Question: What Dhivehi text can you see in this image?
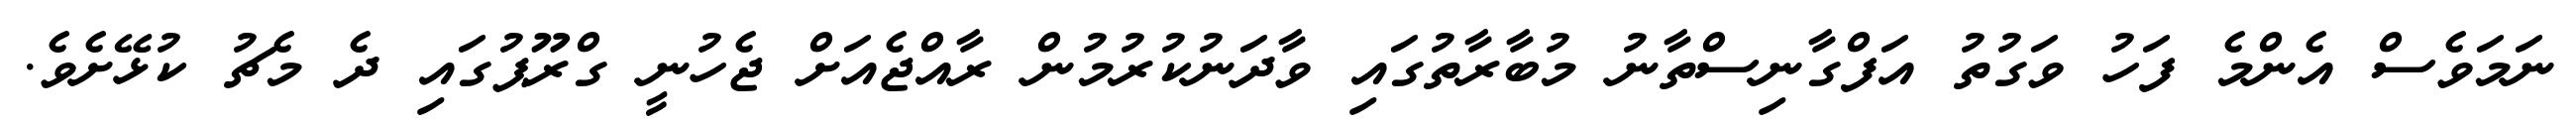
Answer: ނަމަވެސް އެންމެ ފަހު ވަގުތު އަފްގާނިސްތާނު މުބާރާތުގައި ވާދަނުކުރުމުން ރާއްޖެއަށް ޖެހުނީ ގްރޫޕުގައި ދެ މެޗު ކުޅޭށެވެ.